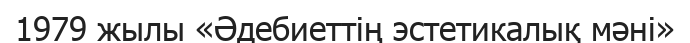
1979 жылы «Әдебиеттің эстетикалық мәні»